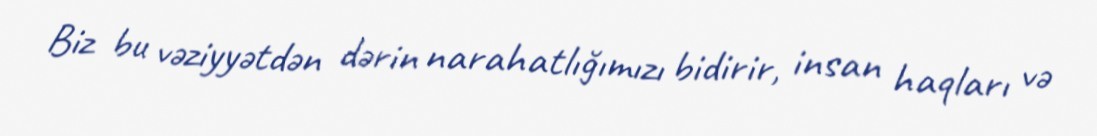
Biz bu vəziyyətdən dərin narahatlığımızı bidirir, insan haqları və